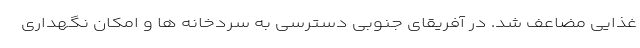
غذایی مضاعف شد. در آفریقای جنوبی دسترسی به سردخانه ها و امکان نگهداری